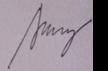
Signature authenticity: genuine